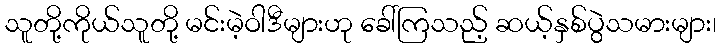
သူတို့ကိုယ်သူတို့ မင်းမဲ့ဝါဒီများဟု ခေါ်ကြသည့် ဆယ့်နှစ်ပွဲသမားများ၊